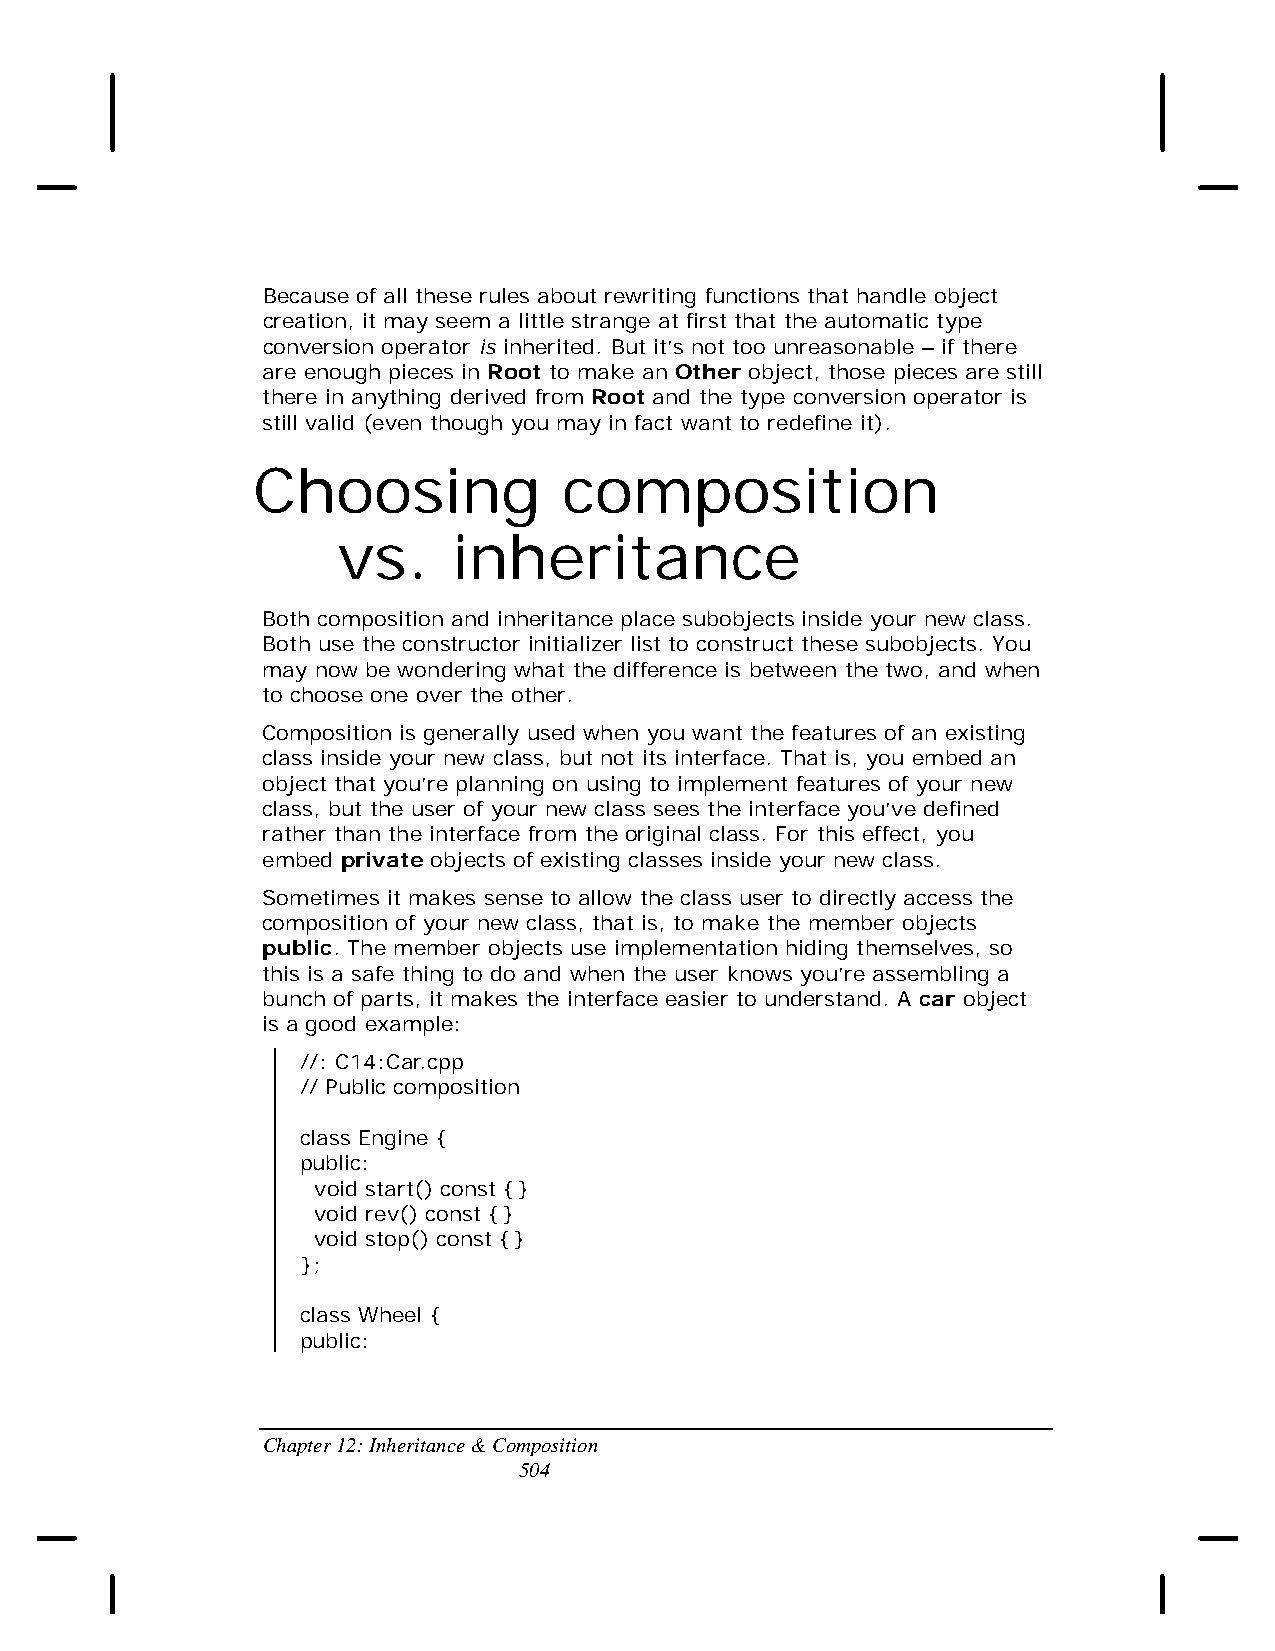
Because of all these rules about rewriting functions that handle object
 creation, it may seem a little strange at first that the automatic type
 conversion operator is inherited. But it’s not too unreasonable – if there
 are enough pieces in Root to make an Other object, those pieces are still
 there in anything derived from Root and the type conversion operator is
 still valid (even though you may in fact want to redefine it).
 Choosing            composition
 vs.     inheritance
 Both composition and inheritance place subobjects inside your new class.
 Both use the constructor initializer list to construct these subobjects. You
 may now be wondering what the difference is between the two, and when
 to choose one over the other.
 Composition is generally used when you want the features of an existing
 class inside your new class, but not its interface. That is, you embed an
 object that you’re planning on using to implement features of your new
 class, but the user of your new class sees the interface you’ve defined
 rather than the interface from the original class. For this effect, you
 embed private objects of existing classes inside your new class.
 Sometimes it makes sense to allow the class user to directly access the
 composition of your new class, that is, to make the member objects
 public. The member objects use implementation hiding themselves, so
 this is a safe thing to do and when the user knows you’re assembling a
 bunch of parts, it makes the interface easier to understand. A car object
 is a good example:
 //: C14:Car.cpp
 // Public composition
 class Engine {
 public:
 void start() const {}
 void rev() const {}
 void stop() const {}
 };
 class Wheel {
 public:
 Chapter 12: Inheritance & Composition
 504